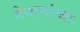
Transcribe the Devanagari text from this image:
मेश्रामांच्या